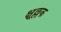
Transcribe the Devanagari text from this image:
क्षूल्लक